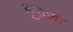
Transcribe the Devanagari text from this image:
टैंगिक